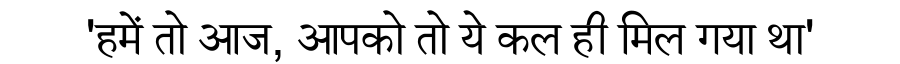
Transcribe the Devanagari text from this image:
'हमें तो आज, आपको तो ये कल ही मिल गया था'